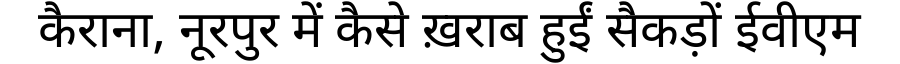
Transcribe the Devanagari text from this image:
कैराना, नूरपुर में कैसे ख़राब हुईं सैकड़ों ईवीएम